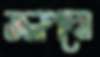
জলপদ্মে